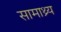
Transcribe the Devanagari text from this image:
सामाथ्र्य